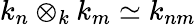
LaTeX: k_{n}\otimes_{k}k_{m}\simeq k_{nm}